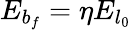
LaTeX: E_{b_{f}}=\eta E_{l_{0}}